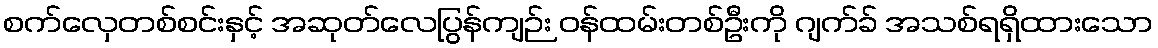
စက်လှေတစ်စင်းနှင့် အဆုတ်လေပြွန်ကျဉ်း ဝန်ထမ်းတစ်ဦးကို ဂျက်ခ် အသစ်ရရှိထားသော